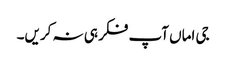
جی اماں آپ فکر ہی نہ کریں۔